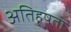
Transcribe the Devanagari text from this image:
अतिहृषता